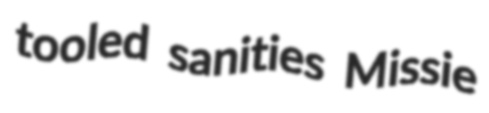
tooled sanities Missie